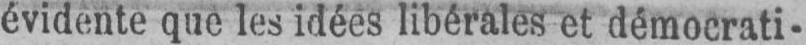
évidente que les idées libérales et démocrati-